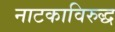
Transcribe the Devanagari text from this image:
नाटकाविरुद्ध